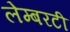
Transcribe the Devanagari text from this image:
लेम्बरटी